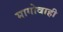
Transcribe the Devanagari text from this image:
मागोवाही